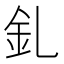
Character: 釓